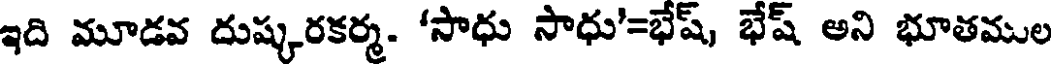
ఇది మూడవ దుష్కరకర్మ. 'సాధు సాధు'=భేష్, భేష్ అని భూతముల